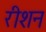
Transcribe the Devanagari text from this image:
रीशन